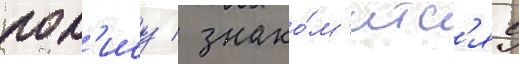
пол'ису / знако́м'итс'я с